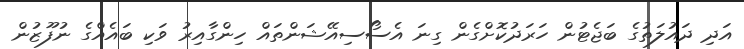
އަދި ދައުލަތުގެ ބަޖެޓުން ހަރަދުކޮށްގެން ގިނަ އެސޯސިއޭޝަންތައް ހިންގާއިރު ވަކި ބައެއްގެ ނުފޫޒުން